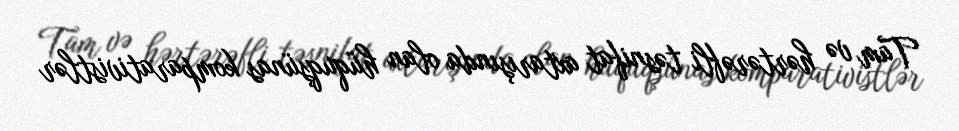
Tam və hərtərəfli təsnifat axtarışında olan hüquqşünas komparativistlər